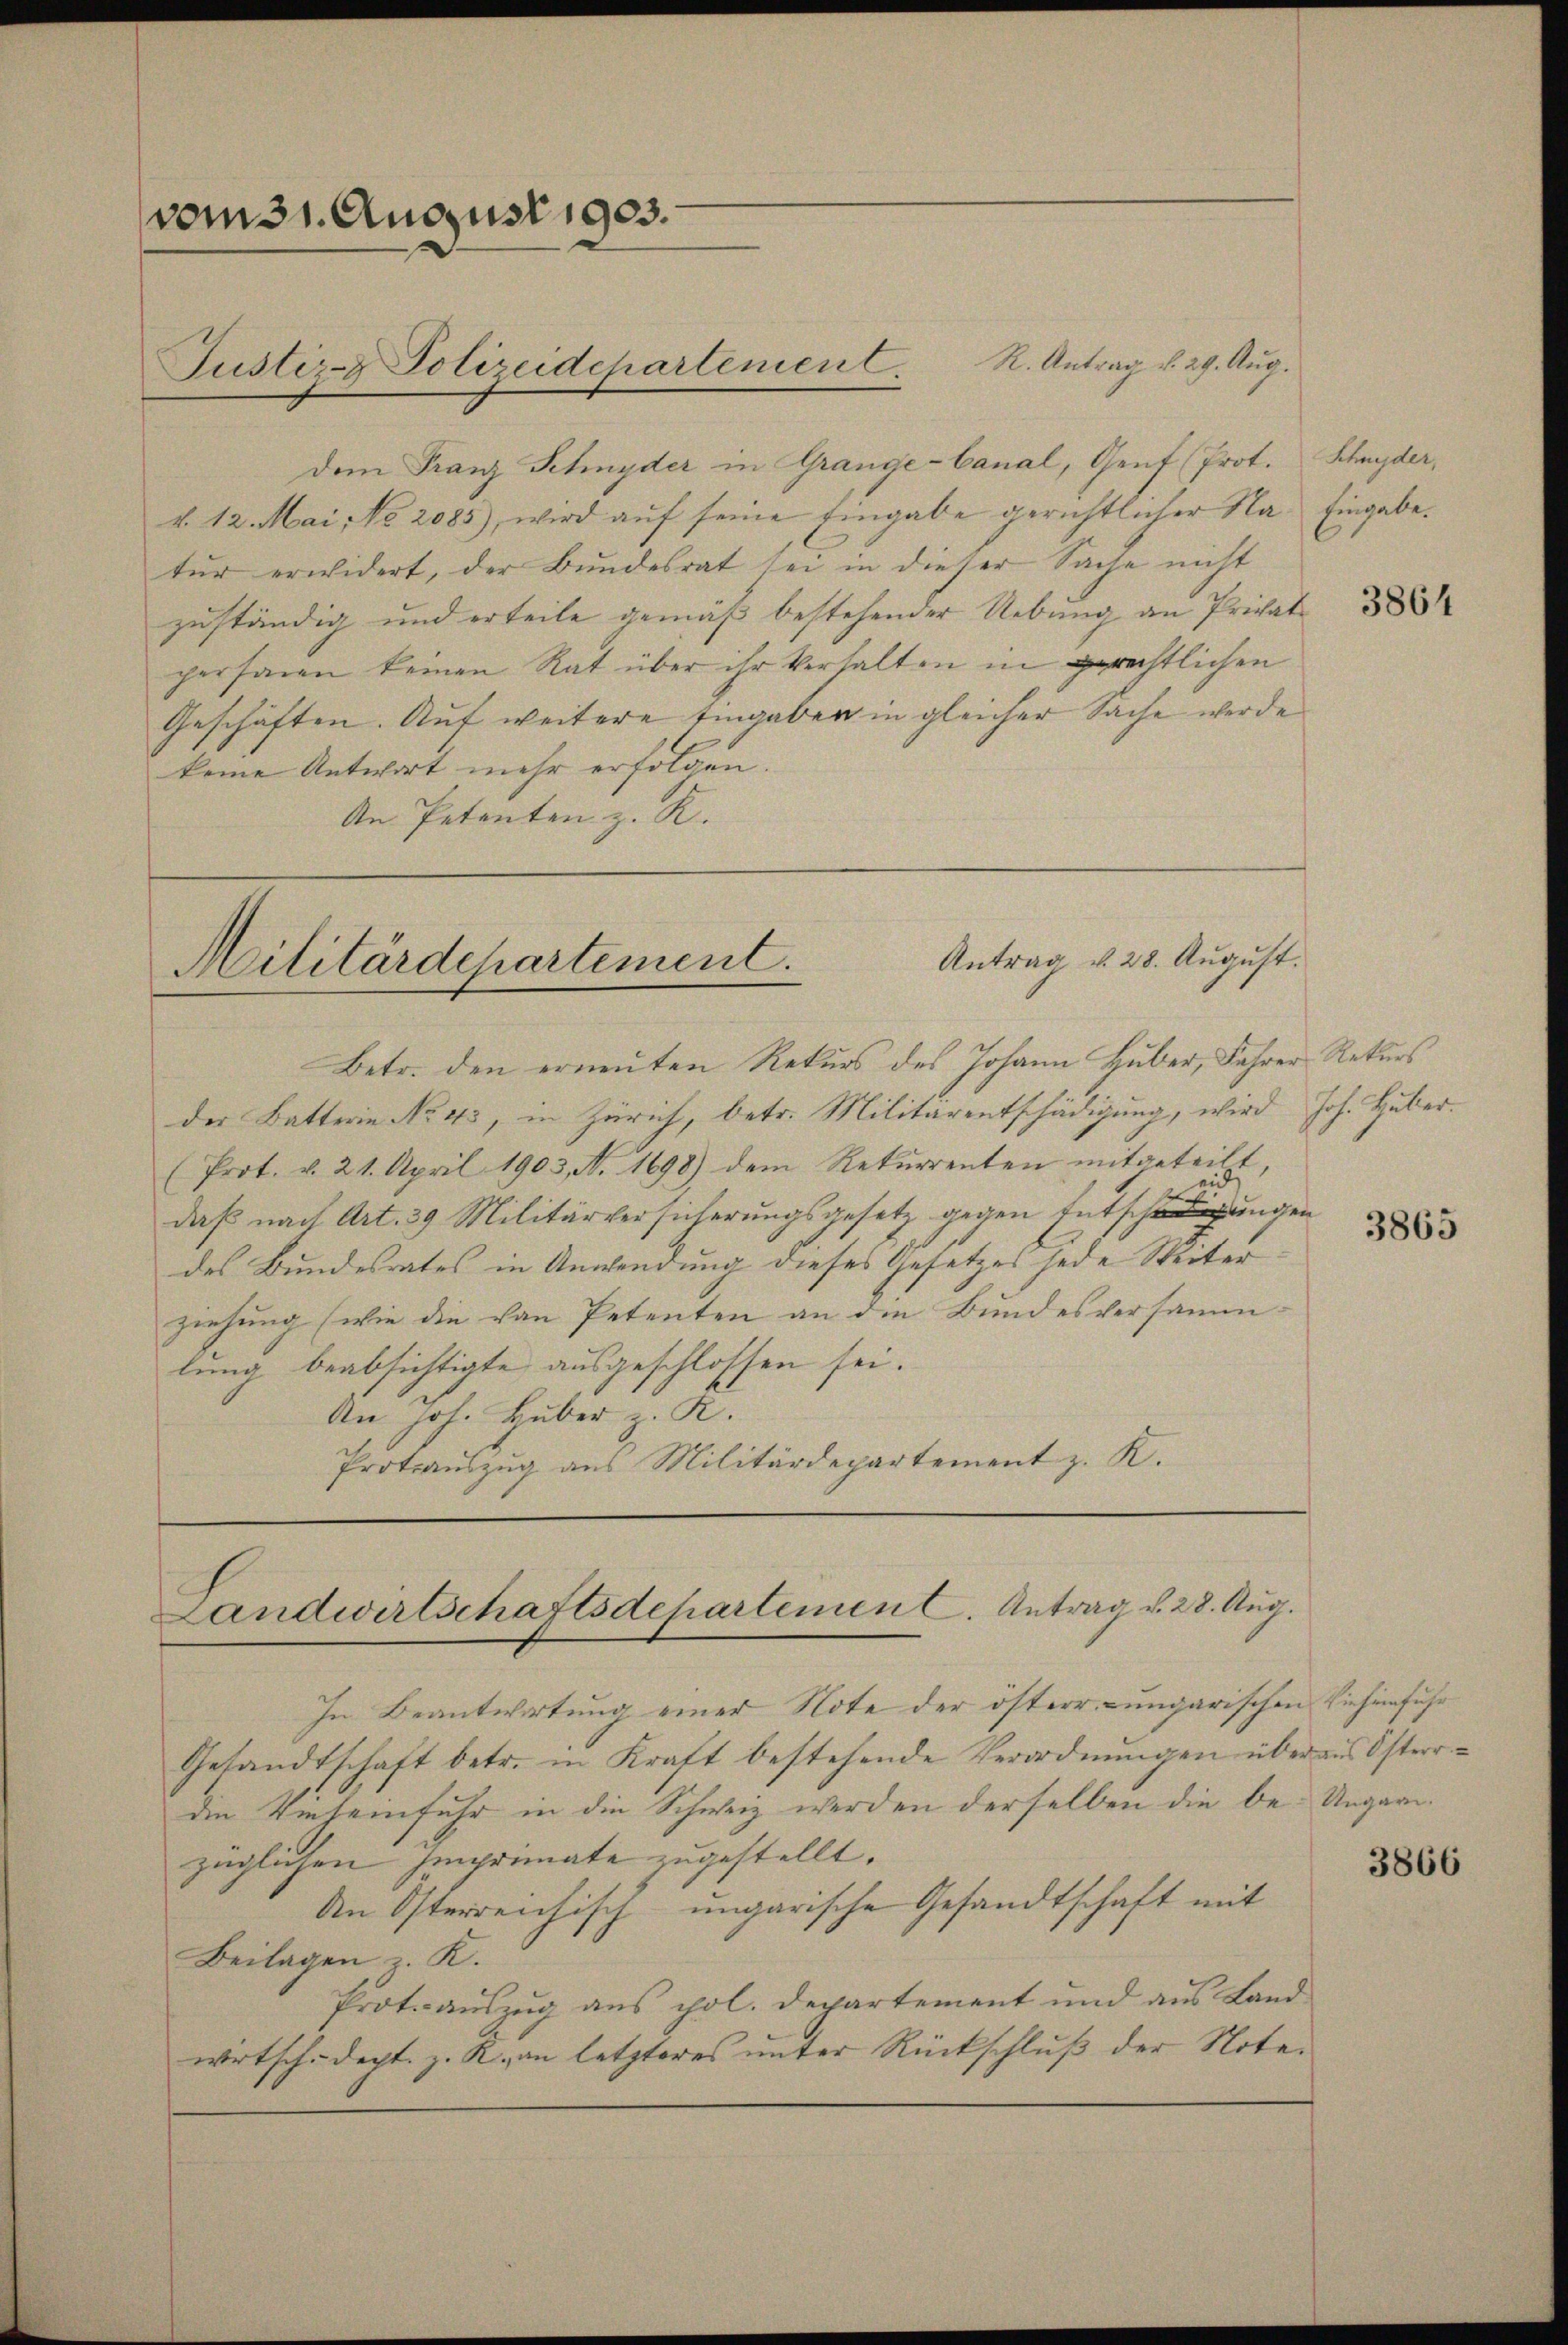
vom 31. August 1903.

dem Franz Schnyder in Grange-Canal, Genf (Prot.
k. 12. Mai No 2085), wird auf seine Eingabe gerichtlicher Na- Eingabe.
tür erwidert, der Bŭndesrat sei in dieser Sache nicht
zuständig und erteile gemäß bestehender Uebung an Privatpersonen keinen Rat über ihr Verhalten in gerechtlichen
Geschäften. Auf weitere Eingaben in gleicher Sache werde
keine Antwort mehr erfolgen.
An Petenten z. R.

Justiz- & Polizeidchartement. R. Antrag d. 29. Aug.

Antrag v. 28. August.
Militärdepartement.

Betr. den erneuten Rekurs des Johann Huber, Jahrer Rekurs
der Batterin No 45, in Zürich, betr. Militarentschädigung, wird Joh. Huber.
(Prot. v. 21. April 1903, No. 1698) dem Rekurrenten mitgeteilt,
daß nach Art. 39 Militärversicherungsgesetz gegen Entschungen
des Bundesrates in Anwendung dieses Gesetzes jede Sterter
ziehung (wie die von Petenten an die Bundesversammlung beabsichtigte ausgeschlossen sei.
An Joh. Huber z. R.
Protoauszug aus Militärdepartement z. K.

Landwirtschaftsdepartemen C. Antrag d. 28. Aug.

In Beantwortung einer Note der österr. Lungarischen Vieheinfuhr
Gesandtschaft betr. in Kraft bestehende Verordnungen über aus Osterrdie Winteinfuhr in die Schwiz werden derselben die be- Ungarizüglichen Imprimate zugestellt.
din Österreichisch-ungarische Gesandtschaft mit
Beilagen z. K.
Protoauszug aus pol. Departement und aus Land
wirtsche dept. z. R., an letzteres unter Rückschluß der Note¬

Schnyder,
3864

3865

3866